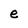
Character: e